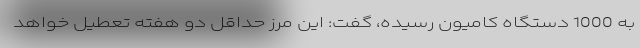
به 1000 دستگاه کامیون رسیده، گفت: این مرز حداقل دو هفته تعطیل خواهد